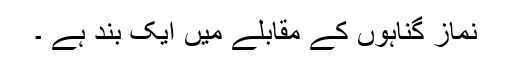
نماز گناہوں کے مقابلے میں ایک بند ہے ۔